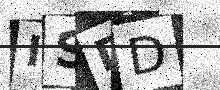
Text: ISDD